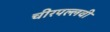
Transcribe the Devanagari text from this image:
चीरपल्लवी